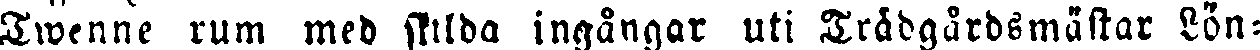
Twenne rum med skilda ingångar uti Trädgårdsmästar Lön-